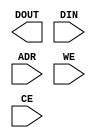
module page39 (output [7:0] DOUT, input [7:0] DIN, input [5:0] ADR,
input WE, CE);

specparam dhold = 1.0;
specparam ddly = 1.0;

parameter width = 1;


specify
specparam tRise_clk_q = 150, tFall_clk_q = 200;
specparam tRise_control = 40, tFall_control = 50;
endspecify

endmodule